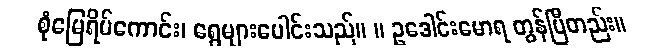
စုံမြေရိပ်ကောင်း၊ ရွေများပေါင်းသည်။ ။ ဥဒေါင်းမောရ တွန်ပြီတည်း။